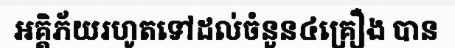
អគ្គិភ័យរហូតទៅដល់ចំនួន៤គ្រឿង បាន